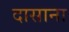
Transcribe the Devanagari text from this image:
दासाना